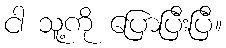
ငါ သူ့ကို ပြောပြီးပြီ။